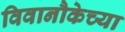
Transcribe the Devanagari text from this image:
विवानौकेच्या